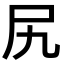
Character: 尻